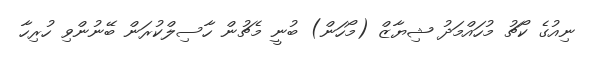
ނިއުގެ ކޯޗު މުހައްމަދު ޝިޔާޒް (މޯހަން) ބުނީ މެޗުން ހާސިލްކުރަން ބޭނުންވި ހުރިހާ